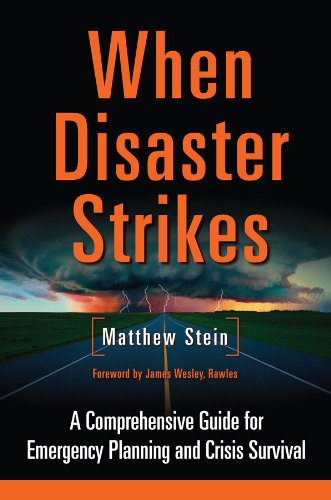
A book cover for When Disaster Strikes: A Comprehensive Guide for Emergency Planning and Crisis Survival; Matthew Stein; Politics & Social Sciences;